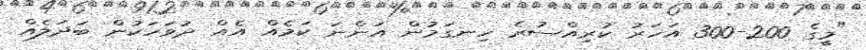
"މީގެ 200-300 އަހަރު ކުރިއްސުރެ ހިނގަމުން އަންނަ ކަމެއް އެއް ދުވަހަކުން ބަދަލެއް